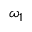
\omega _ { 1 }